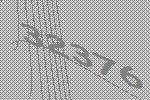
32376